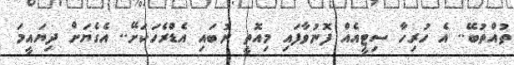
ތުއްތުބޭ.. އެ ހުރިހާ ސިޓީއެއް ފޮނުވާފައި މިއޮތީ ނުބައި އެޑްރެހަކަށޭ.. އެގެޔަށް ދިޔައީމަ